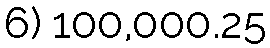
6) 100,000.25